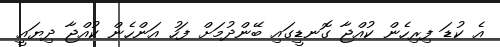
އެ ކުޑަ ފިރިހެން ކުއްޖާ ގޮނޑީގައި ބޭންދުމަށް ފަހު އަންހެން ކުއްޖާ ދިޔައީ